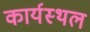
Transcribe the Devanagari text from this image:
कार्यस्‍थल